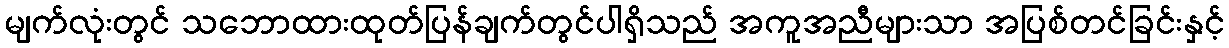
မျက်လုံးတွင် သဘောထားထုတ်ပြန်ချက်တွင်ပါရှိသည် အကူအညီများသာ အပြစ်တင်ခြင်းနှင့်